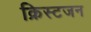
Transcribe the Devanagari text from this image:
क्रिस्टजन